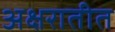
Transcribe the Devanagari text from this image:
अक्षरातीत